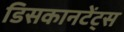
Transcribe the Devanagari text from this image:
डिसकानटेंट्स